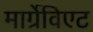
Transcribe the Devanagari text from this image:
मार्ग्रेविएट